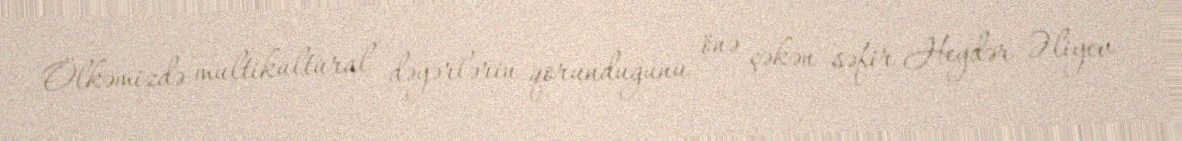
Ölkəmizdə multikultural dəyərlərin qorunduğunu önə çəkən səfir Heydər Əliyev